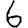
Digit: 6